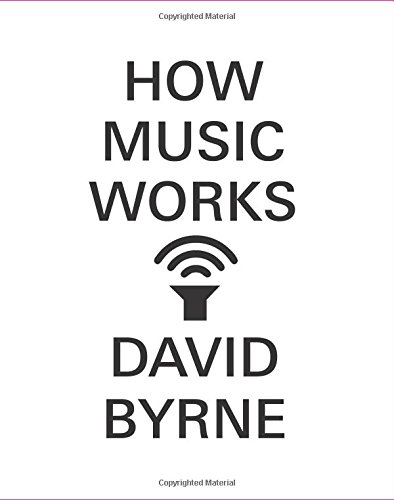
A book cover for How Music Works; David Byrne; Arts & Photography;